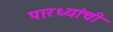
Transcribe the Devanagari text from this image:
पारध्यांची